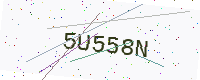
Text: 5U558N